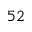
5 2